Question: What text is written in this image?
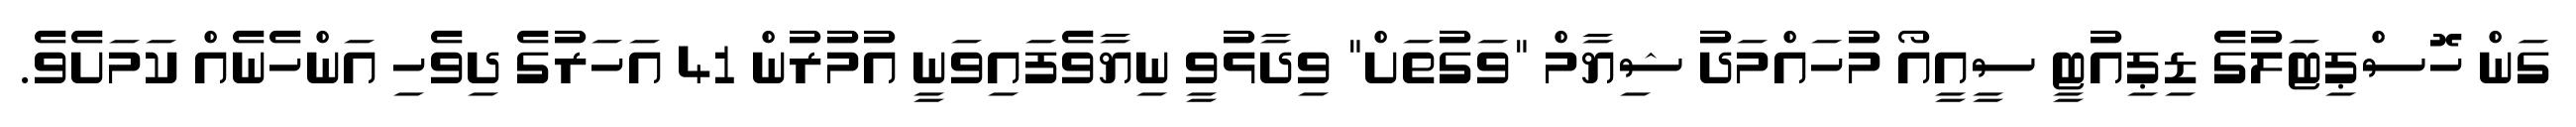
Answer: ގަން ހޮސްޕިޓަލުގެ ޑިޕިއުޓީ ސީއީއޯ މުހައްމަދު ޝިޔާމް "ވަގުތަށް" ވިދާޅުވީ ނިޔާވެފައިވަނީ އުމުރުން 41 އަހަރުގެ ދިވެހި އަންހެނެއް ކަމަށެވެ.